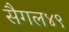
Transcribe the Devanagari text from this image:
सैगल४९